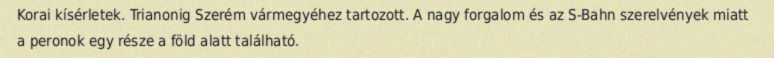
Korai kísérletek. Trianonig Szerém vármegyéhez tartozott. A nagy forgalom és az S-Bahn szerelvények miatt a peronok egy része a föld alatt található.